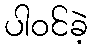
ပါဝင်ခဲ့